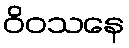
ဝိဝသနေ